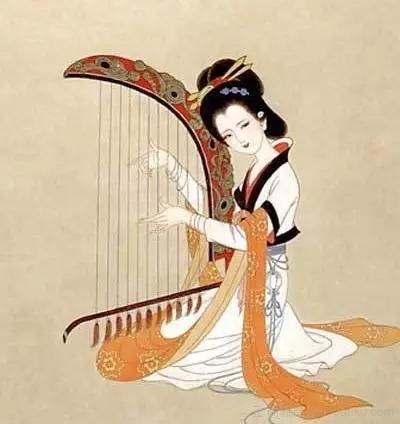
至今商女，时时犹唱，后庭遗曲。